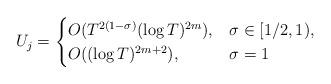
LaTeX: \begin{align*}U_j&=\begin{cases} O(T^{2(1-\sigma)}(\log T)^{2m}), & \sigma\in[1/2,1), \\ O((\log T)^{2m+2}), & \sigma=1 \end{cases}\end{align*}